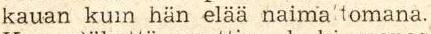
kauan kuin hän elää naima tomana.